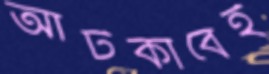
আটকাবেই